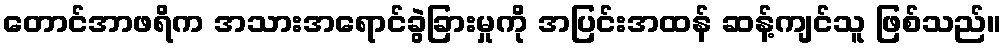
တောင်အာဖရိက အသားအရောင်ခွဲခြားမှုကို အပြင်းအထန် ဆန့်ကျင်သူ ဖြစ်သည်။